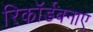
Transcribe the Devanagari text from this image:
रिकॉर्डबनाए